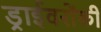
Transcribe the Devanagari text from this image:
ड्राईवरोंकी